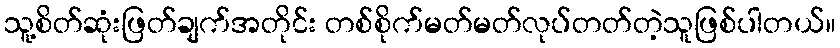
သူ့စိတ်ဆုံးဖြတ်ချက်အတိုင်း တစ်စိုက်မတ်မတ်လုပ်တတ်တဲ့သူဖြစ်ပါတယ်။